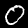
Digit: 0